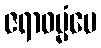
ဇရာဓမ္မံပေ